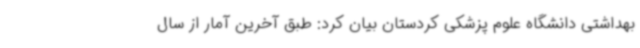
بهداشتی دانشگاه علوم پزشکی کردستان بیان کرد: طبق آخرین آمار از سال